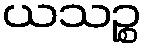
ယသဉ္စ